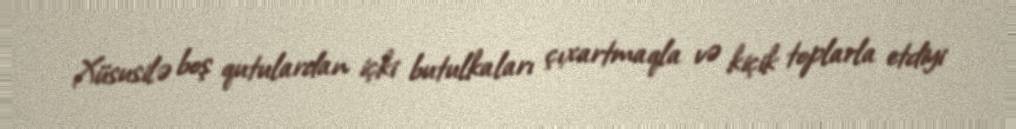
Xüsusilə boş qutulardan içki butulkaları çıxartmaqla və kiçik toplarla etdiyi